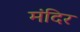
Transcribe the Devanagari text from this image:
मंदिर